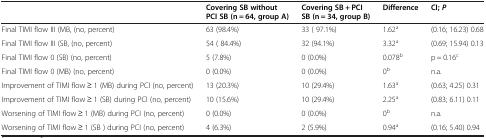
<table><thead><tr><td>[EMPTY_CELL]</td><td><b>Covering SB without PCI SB (n = 64, group A)</b></td><td><b>Covering SB + PCI SB (n = 34, group B)</b></td><td><b>Difference</b></td><td><b>CI; <i>P</i></b></td></tr></thead><tbody><tr><td>Final TIMI flow III (MB, (no, percent)</td><td>63 (98.4%)</td><td>33 ( 97.1%)</td><td>1.62<sup>a</sup></td><td>(0.16; 16.23) 0.68</td></tr><tr><td>Final TIMI flow III (SB, (no, percent)</td><td>54 ( 84.4%)</td><td>32 (94.1%)</td><td>3.32<sup>a</sup></td><td>(0.69; 15.94) 0.13</td></tr><tr><td>Final TIMI flow 0 (SB) (no, percent)</td><td>5 (7.8%)</td><td>0 (0.0%)</td><td>0.078<sup>b</sup></td><td>p = 0.16<sup>c</sup></td></tr><tr><td>Final TIMI flow 0 (MB) (no, percent)</td><td>0 (0.0%)</td><td>0 (0.0%)</td><td>0<sup>b</sup></td><td>n.a.</td></tr><tr><td>Improvement of TIMI flow ≥ 1 (MB) during PCI (no, percent)</td><td>13 (20.3%)</td><td>10 (29.4%)</td><td>1.63<sup>a</sup></td><td>(0.63; 4.25) 0.31</td></tr><tr><td>Improvement of TIMI flow ≥ 1 (SB) during PCI (no, percent)</td><td>10 (15.6%)</td><td>10 (29.4%)</td><td>2.25<sup>a</sup></td><td>(0.83; 6.11) 0.11</td></tr><tr><td>Worsening of TIMI flow ≥ 1 (MB) during PCI (no, percent)</td><td>0 (0.0%)</td><td>0 (0.0%)</td><td>0<sup>b</sup></td><td>n.a.</td></tr><tr><td>Worsening of TIMI flow ≥ 1 (SB ) during PCI (no, percent)</td><td>4 (6.3%)</td><td>2 (5.9%)</td><td>0.94<sup>a</sup></td><td>(0.16; 5.40) 0.94</td></tr></tbody></table>